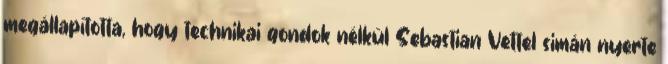
megállapította, hogy technikai gondok nélkül Sebastian Vettel simán nyerte